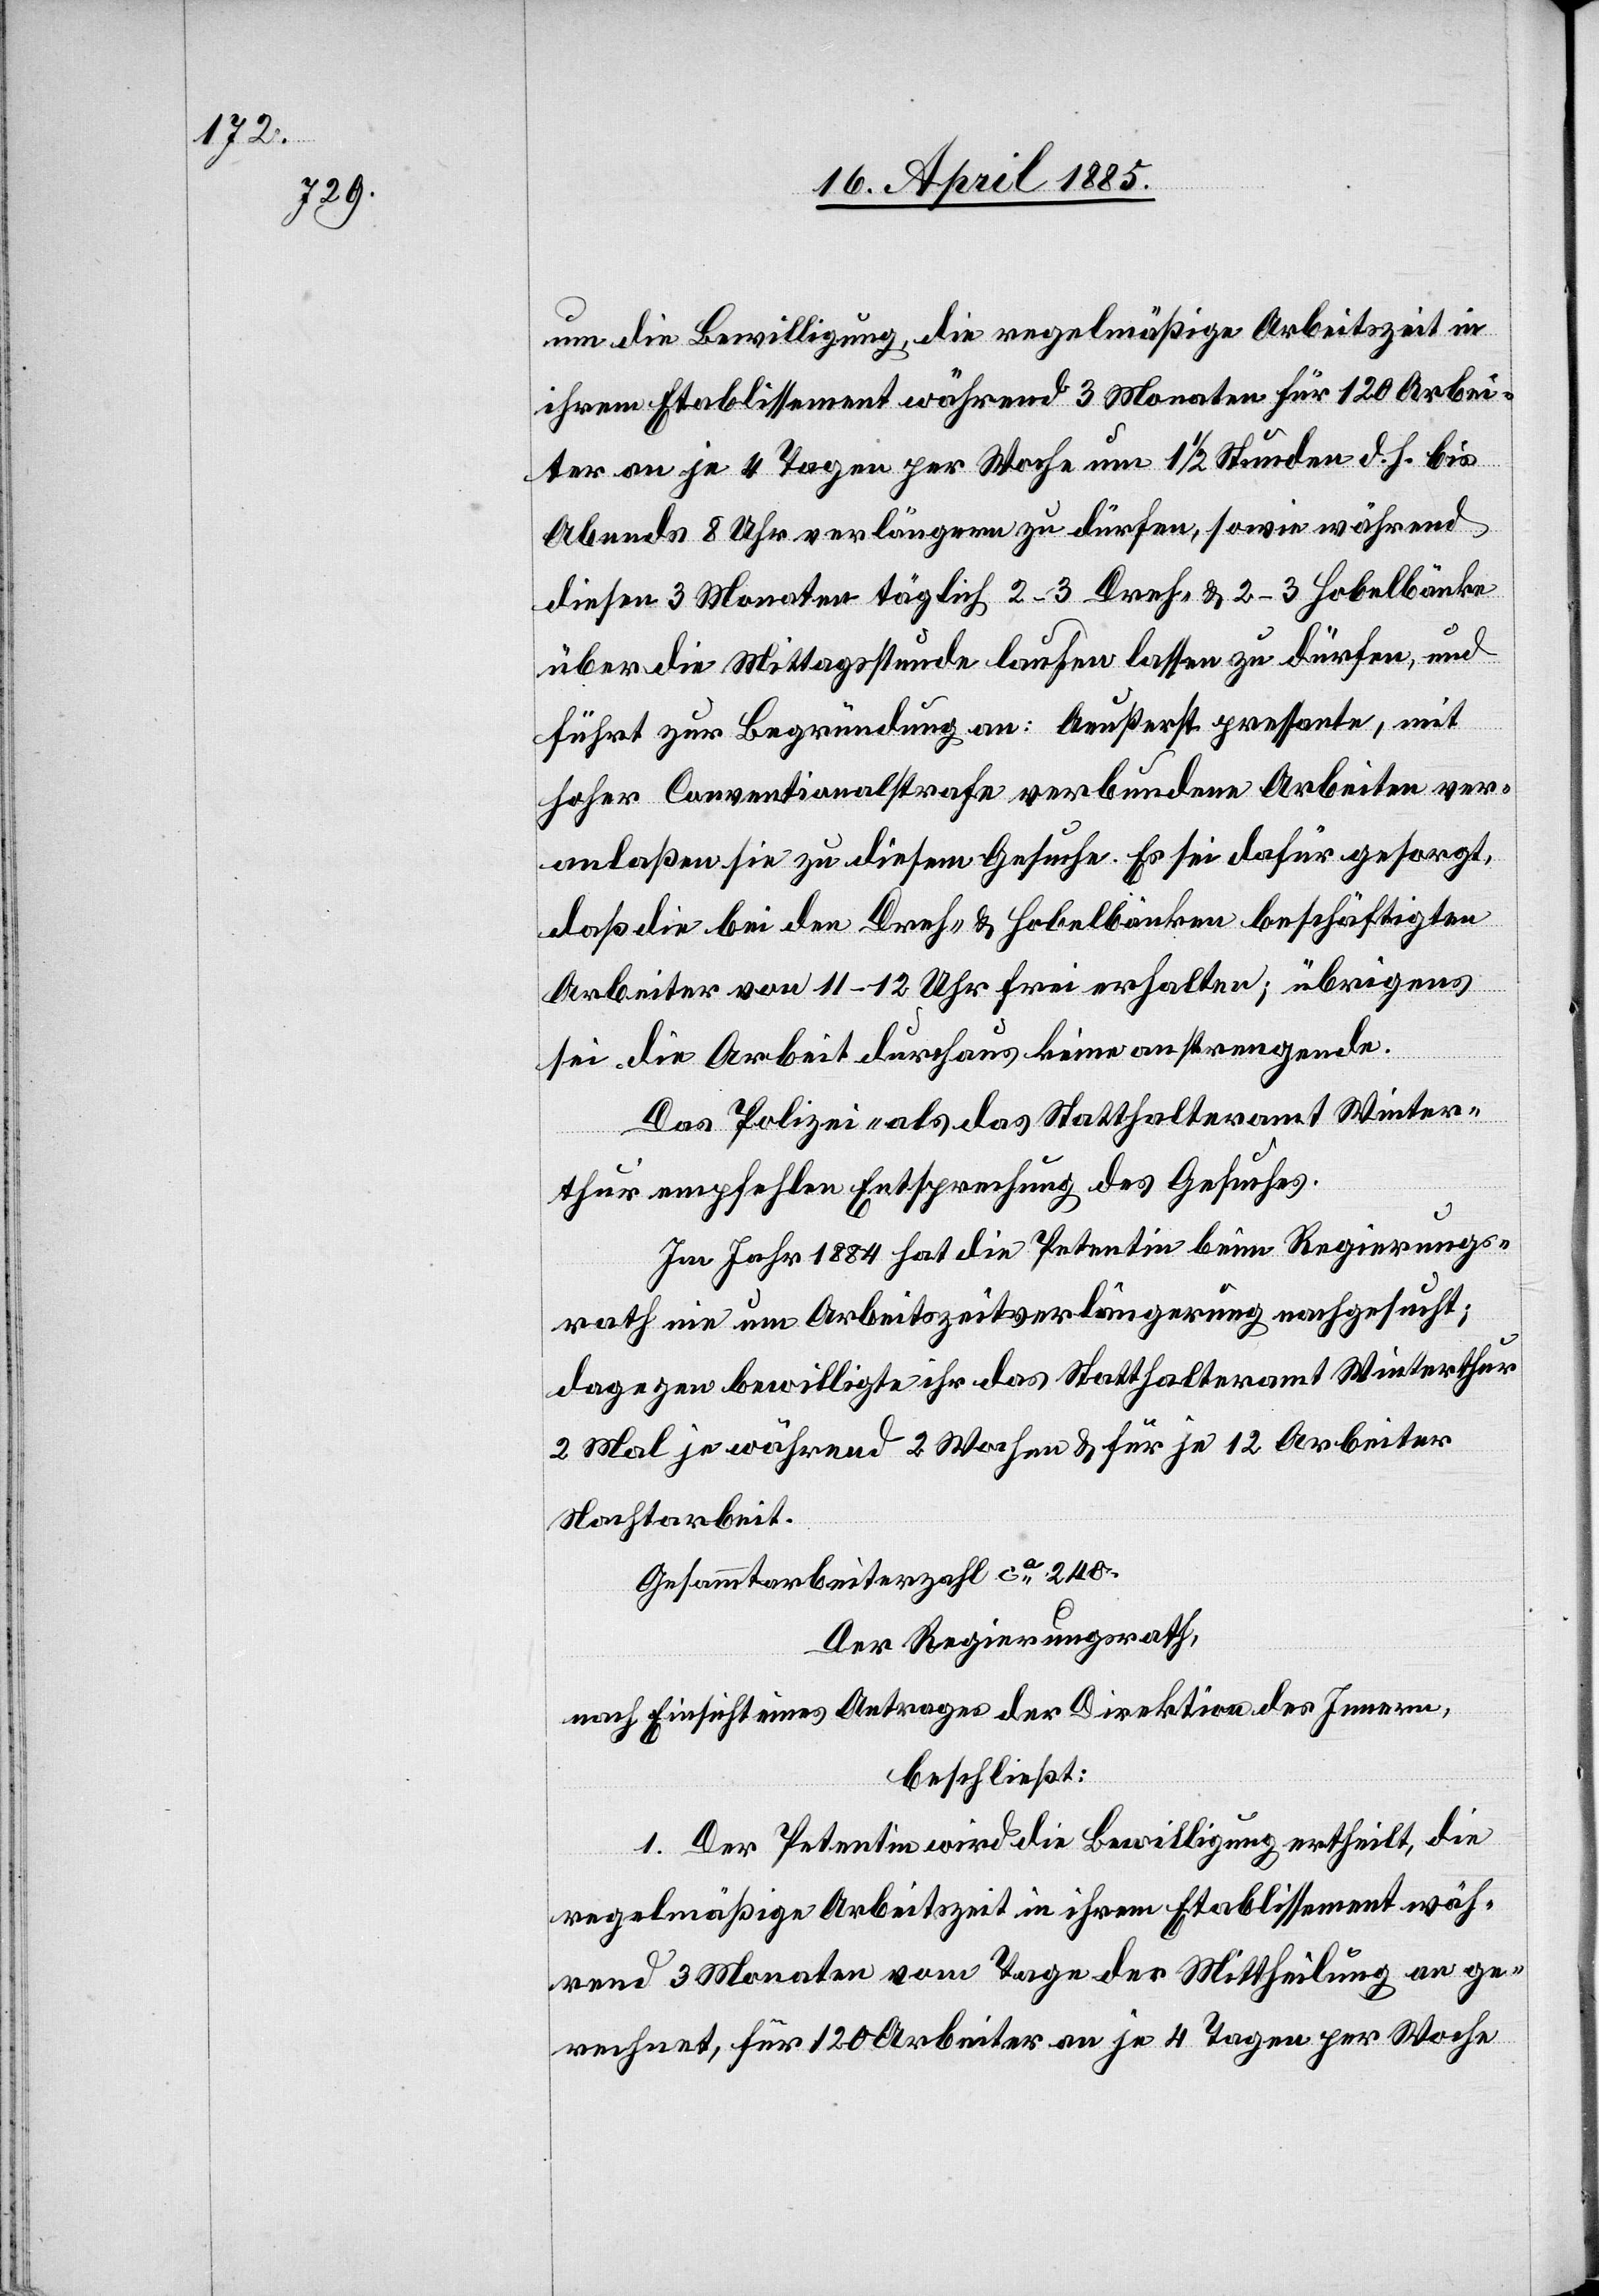
um die Bewilligung, die regelmäßige Arbeitszeit in
ihrem Etablissement während 3 Monaten für 120 Arbei¬
ter an je 4 Tagen per Woche um 1 1/2 Stunden d. h. bis
Abends 8 Uhr verlängern zu dürfen, sowie während
diesen 3 Monaten täglich 2–3 Dreh- & 2–3 Hobelbänke
über die Mittagspause laufen lassen zu dürfen, und
führt zur Begründung an: Aeußerst pressante, mit
hoher Conventionalstrafe verbundene Arbeiten ver¬
anlaßen sie zu diesem Gesuche. Es sei dafür gesorgt,
daß die bei den Dreh- & Hobelbänken beschäftigten
Arbeiter von 11–12 Uhr frei erhalten; übrigens
sei die Arbeit durchaus keine anstrengende.
Das Polizei- als das Statthalteramt Winter¬
thur empfehlen Entsprechung des Gesuches.
Im Jahr 1884 hat die Petentin beim Regierungs¬
rath nie um Arbeitszeitverlängerung nachgesucht;
dagegen bewilligte ihr das Statthalteramt Winterthur
2 Mal je während 2 Wochen & für je 12 Arbeiter
Nachtarbeit.
Gesammtarbeiterzahl ca 240.
Der Regierungsrath,
nach Einsicht eines Antrages der Direktion des Innern,
beschließt:
1. Der Petentin wird die Bewilligung ertheilt, die
regelmäßige Arbeitszeit in ihrem Etablissement wäh¬
rend 3 Monaten vom Tage der Mittheilung an ge¬
rechnet, für 120 Arbeiter an je 4 Tagen per Woche